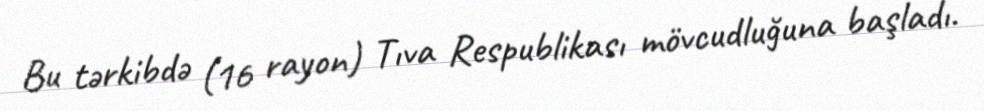
Bu tərkibdə (16 rayon) Tıva Respublikası mövcudluğuna başladı.